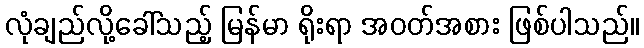
လုံချည်လို့ခေါ်သည့် မြန်မာ ရိုးရာ အဝတ်အစား ဖြစ်ပါသည်။